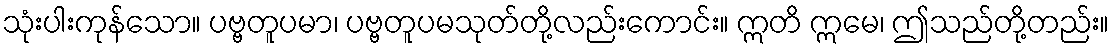
သုံးပါးကုန်သော။ ပဗ္ဗတူပမာ၊ ပဗ္ဗတူပမသုတ်တို့လည်းကောင်း။ ဣတိ ဣမေ၊ ဤသည်တို့တည်း။